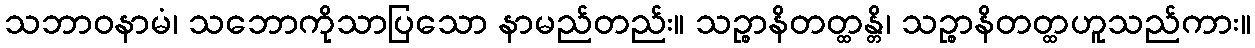
သဘာဝနာမံ၊ သဘောကိုသာပြသော နာမည်တည်း။ သဉ္စာနိတတ္ထန္တိ၊ သဉ္စာနိတတ္ထဟူသည်ကား။